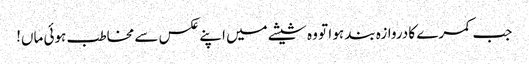
جب کمرے کا دروازہ بند ہو ا تو وہ شیشے میں اپنے عکس سے مخاطب ہوئی ماں!